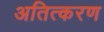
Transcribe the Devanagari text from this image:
अतित्करण